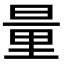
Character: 量